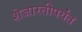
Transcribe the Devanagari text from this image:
शेजारतीपर्यंत